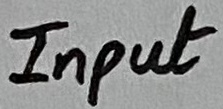
Text: Input